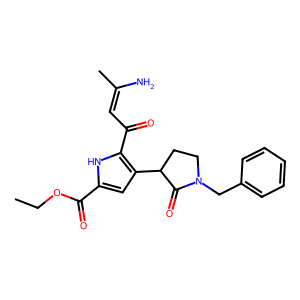
SMILES: CCOC(=O)c1cc(C2CCN(Cc3ccccc3)C2=O)c(C(=O)C=C(C)N)[nH]1
Inhibits HIV replication: No